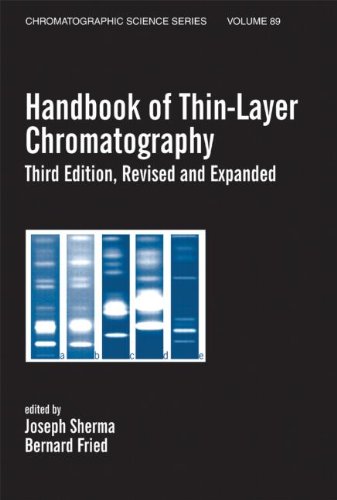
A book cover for Handbook of Thin-Layer Chromatography (Chromatographic Science); Science & Math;